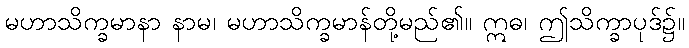
မဟာသိက္ခမာနာ နာမ၊ မဟာသိက္ခမာန်တို့မည်၏။ ဣဓ၊ ဤသိက္ခာပုဒ်၌။